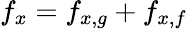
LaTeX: f_{x}=f_{x,g}+f_{x,f}